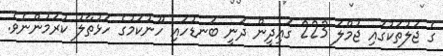
ގެ ޖަލުތަކުގައި ޖުމްލަ 223 ގައިދީން ދަނީ ބަނޑުހައި ހޫނުކަމުގެ ހަޅުތާލު ކުރަމުންނެވެ.